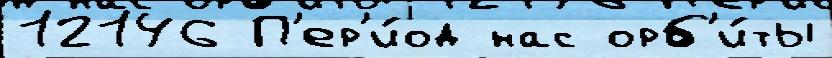
12146 П'ер'и́од нас орб'и́ты